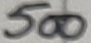
Text: 500